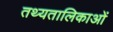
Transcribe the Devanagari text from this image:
तथ्यतालिकाओं